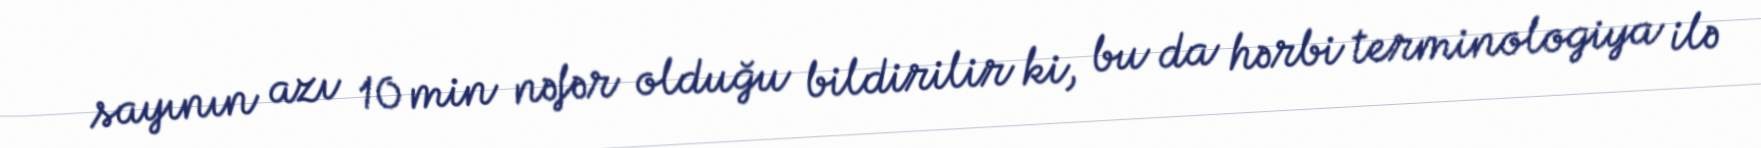
sayının azı 10 min nəfər olduğu bildirilir ki, bu da hərbi terminologiya ilə